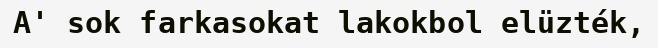
A' sok farkasokat lakokbol elüzték,